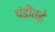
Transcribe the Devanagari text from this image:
पंडीतहे